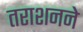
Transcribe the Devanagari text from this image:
तराशनने